65_HS1-834228961_62-HQ-83894_Section_6
Agency: FBI
Page 179
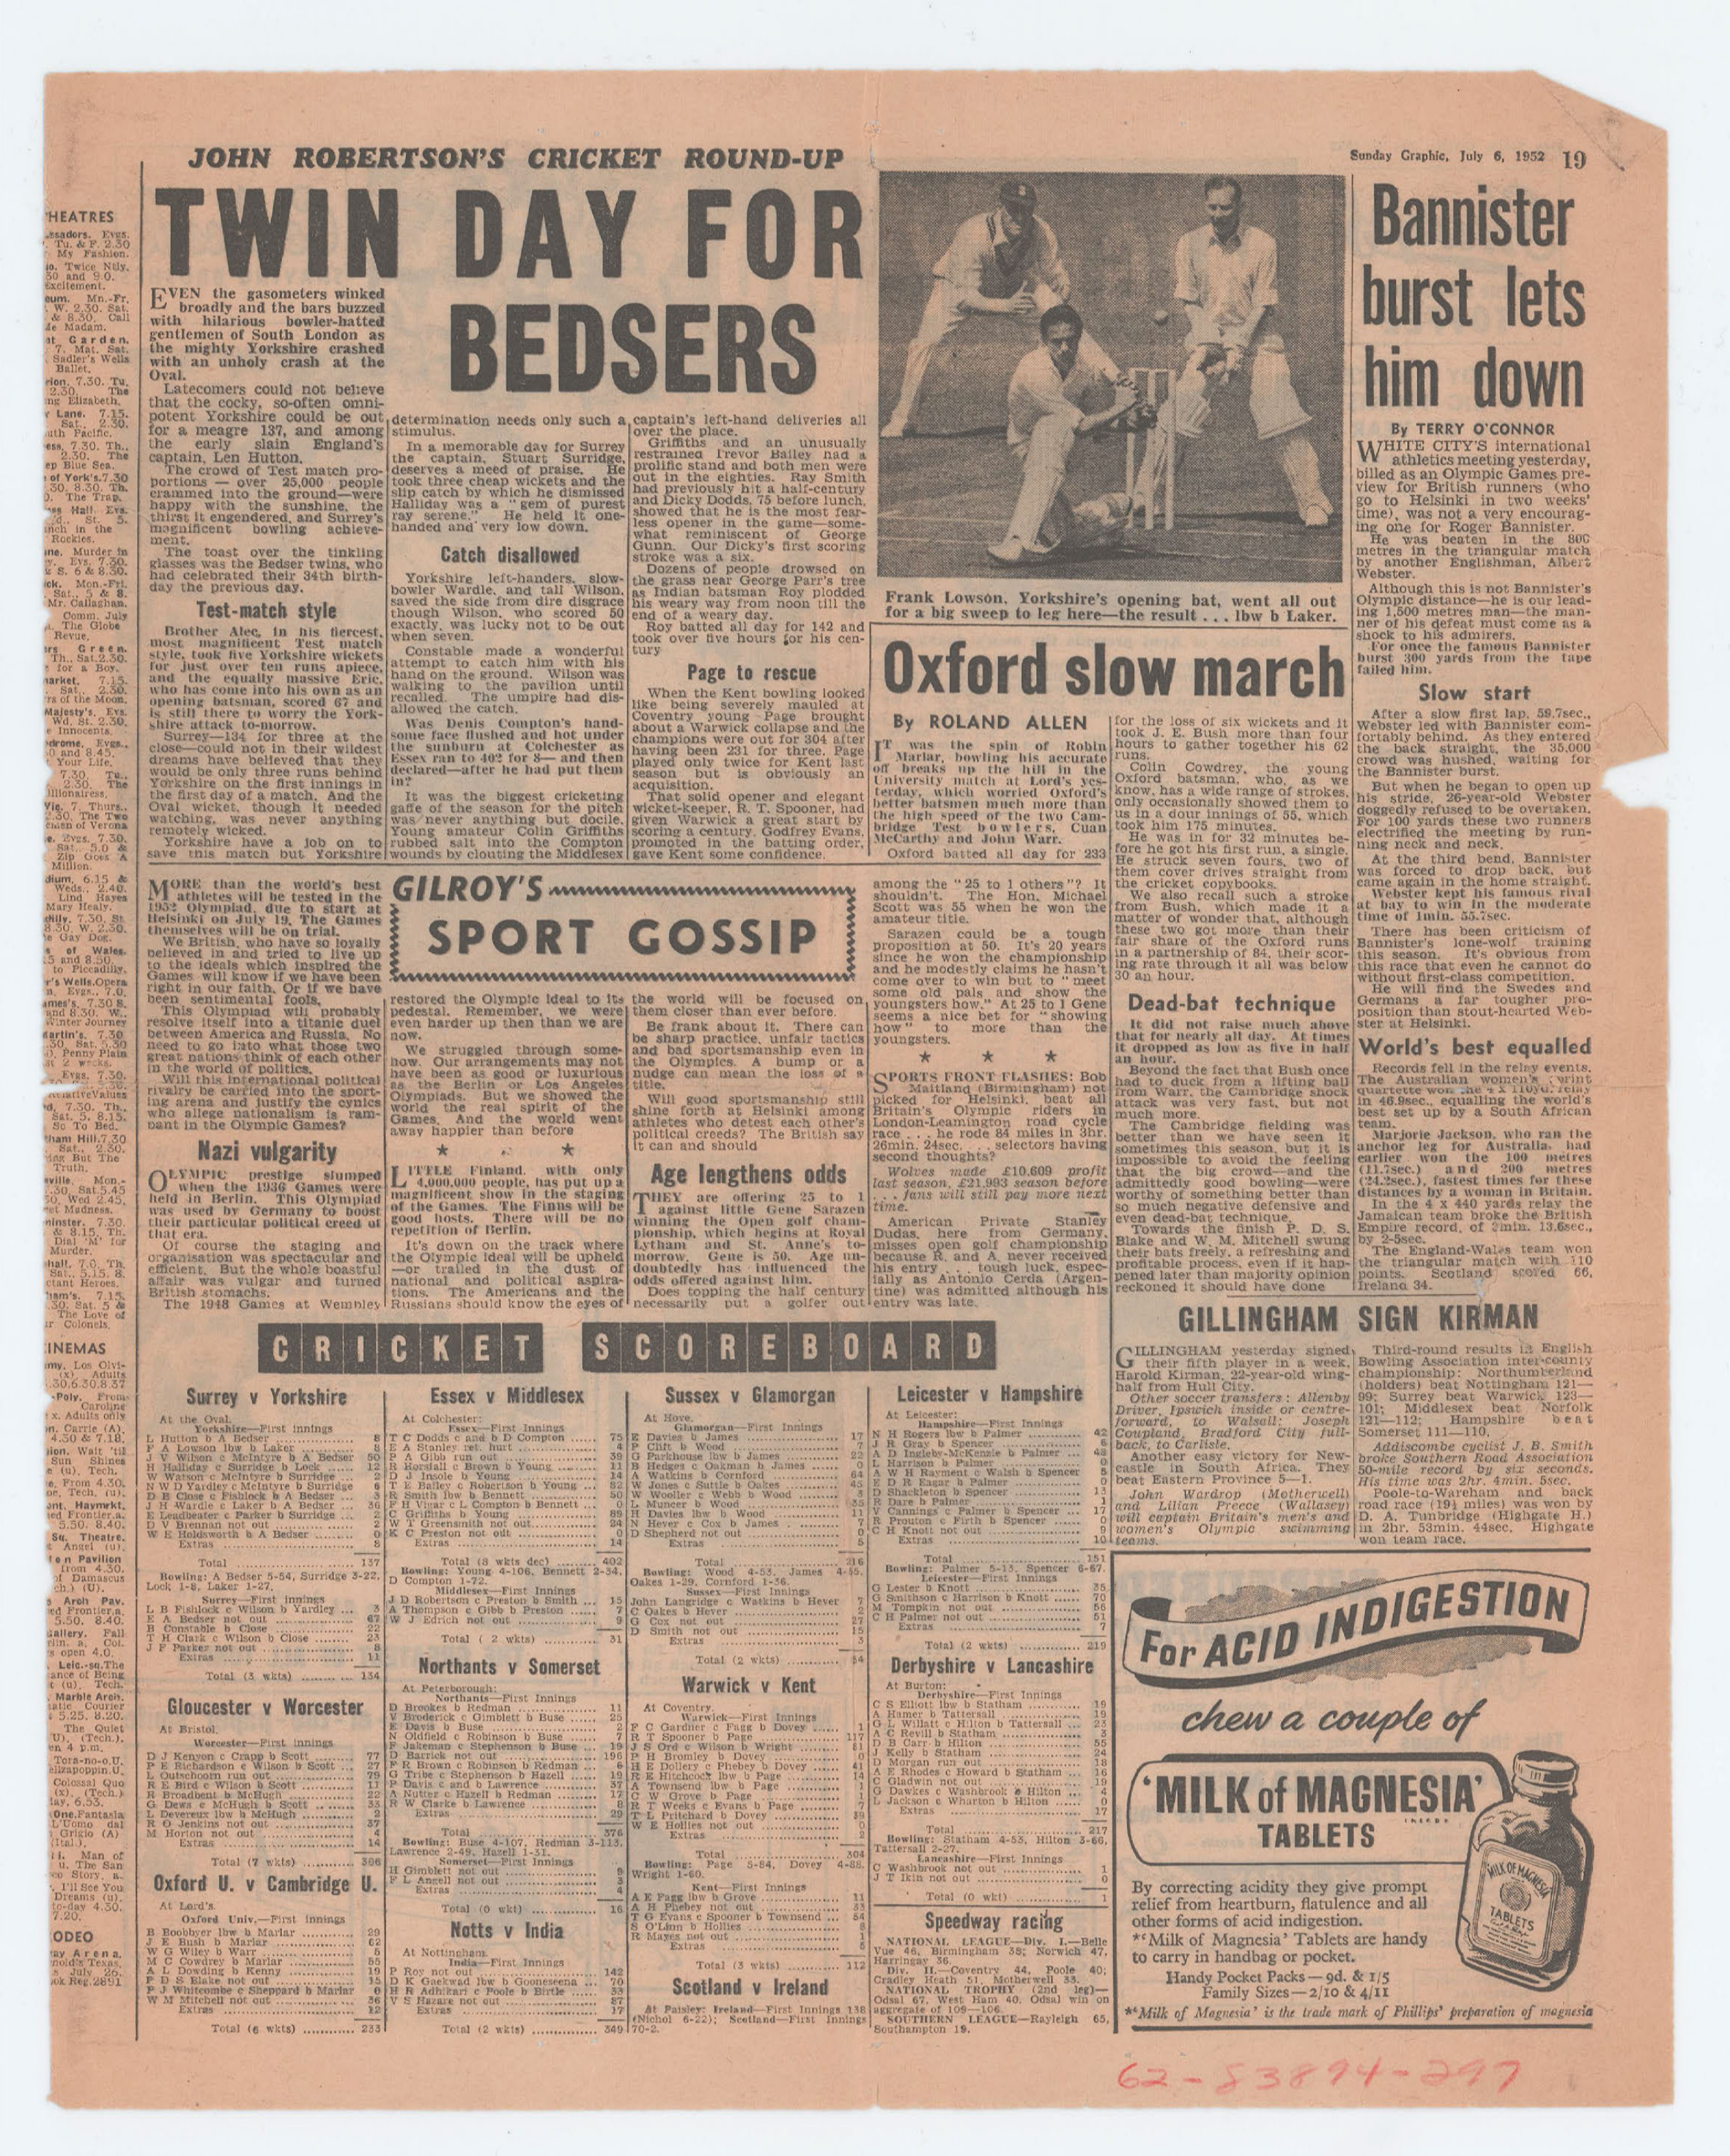